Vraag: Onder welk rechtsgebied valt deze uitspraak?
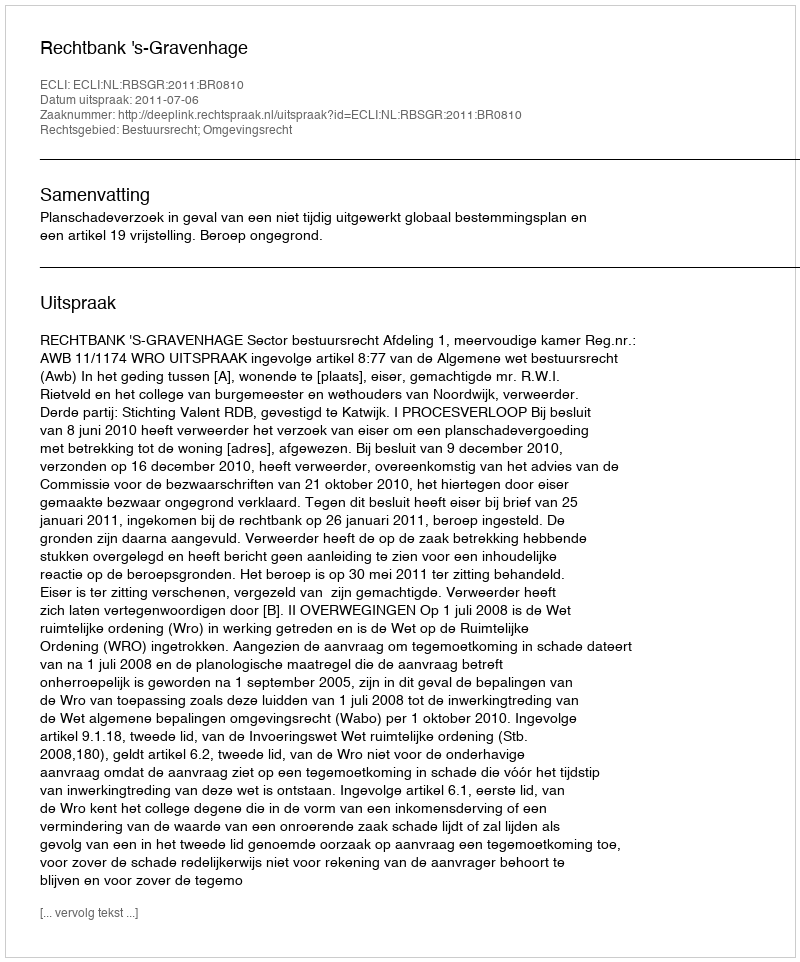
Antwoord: Bestuursrecht; Omgevingsrecht